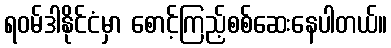
ရဝမ်ဒါနိုင်ငံမှာ စောင့်ကြည့်စစ်ဆေးနေပါတယ်။